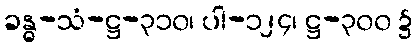
ခန္ဓ-သံ-ဋ္ဌ-၃၁၀၊ ပါ-၁၂၄၊ ဋ္ဌ-၃၀၀ ၌